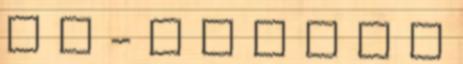
u m - k i a d v á